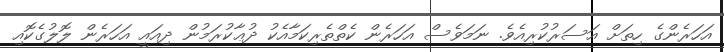
އަަހަރެންގެ ހިތަށް އަސަރުކުރިއެވެ. ނަމަވެސް އަހަރެން ކެތްތެރިކަމާއެކު ދުޢާކުރަމުން ދިއައީ އަހަރެން ލޮލުގެކޮއި